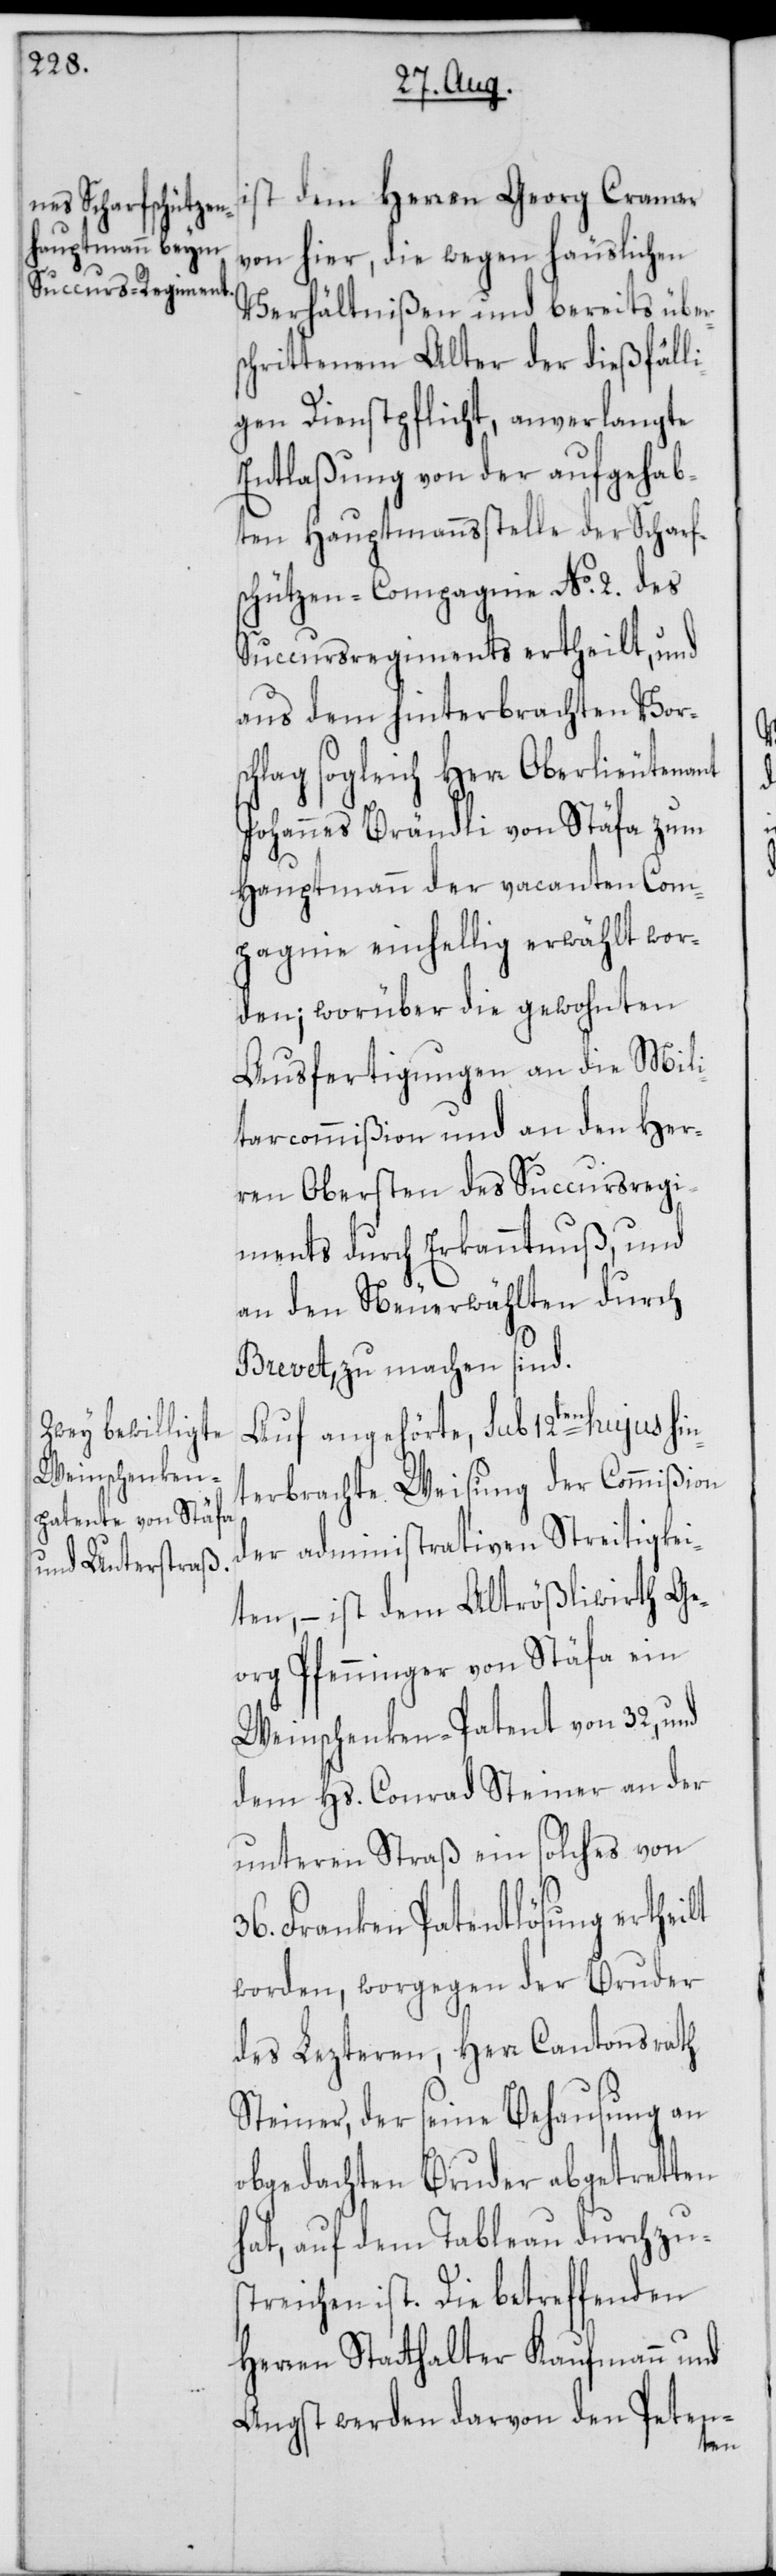
ist dem Herren Georg Cramer
von hier, die wegen häuslichen
Verhältnißen und bereits über¬
schrittenem Alter der dießfäll¬
igen Dienstpflicht, anverlangte
Entlaßung von der aufgehab¬
ten Hauptmannsstelle der Scharf¬
schützen-Compagnie No. 2. des
Succursregiments ertheilt, und
aus dem hinterbrachten Vors¬
chlag sogleich Herr Oberlieutenant
Johannes Brändli von Stäfa zum
Hauptmann der vacanten Com¬
pagnie einhellig erwählt wor¬
den; worüber die gewohnten
Ausfertigungen an die Mili¬
tarcommißion und an den Her¬
ren Obersten des Succursregi¬
ments durch Erkanntnuß, und
an den Neuerwählten durch
Brevet, zu machen sind.
Auf angehörte, sub 12ten hujus hin¬
terbrachte Weisung der Commißion
der administrativen Streitigkei¬
ten, – ist dem Altrößliwirth Ge¬
org Pfenninger von Stäfa ein
Weinschenken-Patent von 32, und
dem Hs. Conrad Steiner an der
unteren Straß ein solches von
36. Franken Patentlösung ertheilt
worden, worgegen der Bruder
des Lezteren, Herr Cantonsrath
Steiner, der seine Behausung an
obgedachten Bruder abgetretten
hat, auf dem Tableau durchzu¬
streichen ist. Die betreffenden
Herren Statthalter Kaufmann und
Angst werden darvon den Peten-